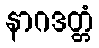
နာဂဒတ္တံ